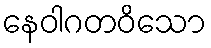
နေဝါဂတဝိသော